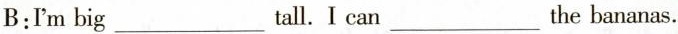
B:Im big___tall.I can___the bananas.